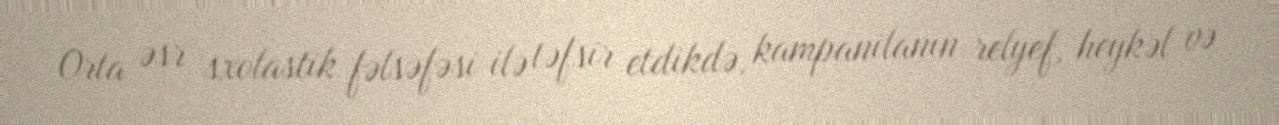
Orta əsr sxolastik fəlsəfəsi ilə təfsir etdikdə, kampanilanın relyef, heykəl və